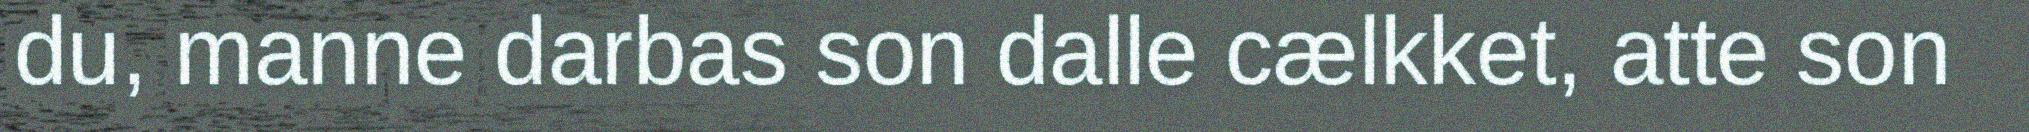
du, manne darbas son dalle cælkket, atte son